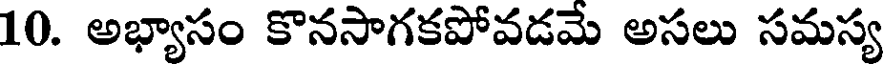
10. అభ్యాసం కొనసాగకపోవడమే అసలు సమస్య